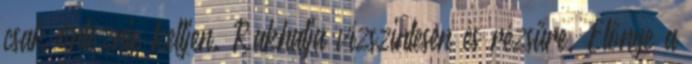
csak öntöznie kelljen. Rakhatja vízszintesen és rézsűre. Előnye a